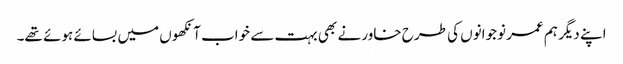
اپنے دیگر ہم عمر نوجوانوں کی طرح خاور نے بھی بہت سے خواب آنکھوں میں بسائے ہوئے تھے۔